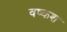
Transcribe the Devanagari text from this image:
वष्कश